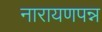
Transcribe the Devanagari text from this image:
नारायणपन्न